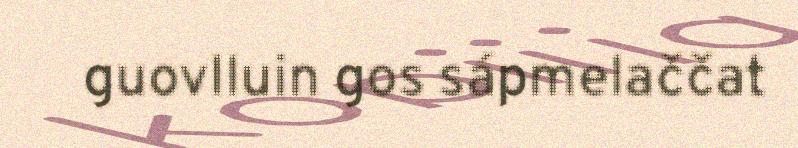
guovlluin gos sápmelaččat